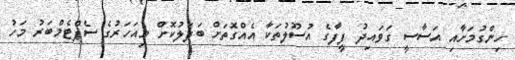
ހިންގުމަށާއި އަސާސީ ގަވައިދު ފީފާގެ އުސޫލުތަކާ އެއްގޮތަށް ބަދަލުކޮށް މިއަހަރުގެ ސެޕްޓެމްބަރު މަހު